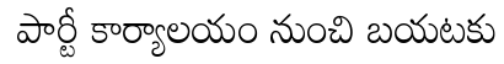
పార్టీ కార్యాలయం నుంచి బయటకు